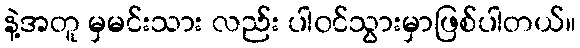
နဲ့အတူ မှမင်းသား လည်း ပါ၀င်သွားမှာဖြစ်ပါတယ်။